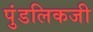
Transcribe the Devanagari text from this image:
पुंडलिकजी